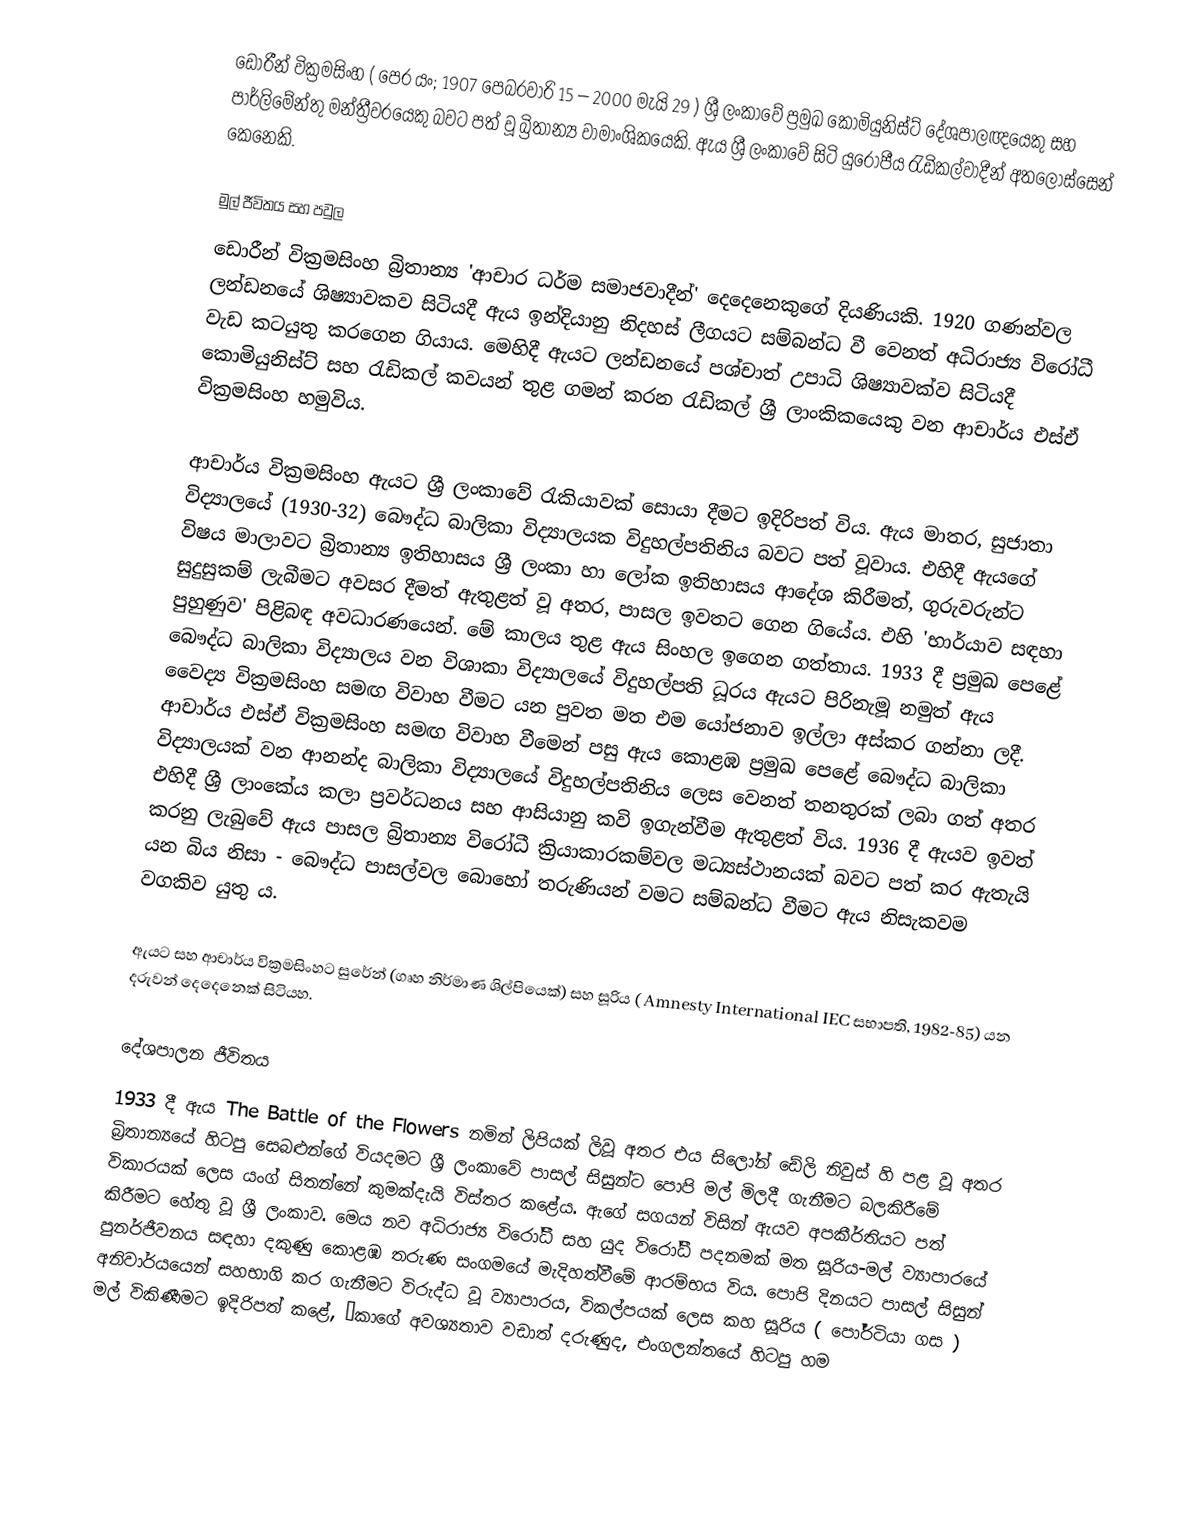
ඩොරීන් වික්‍රමසිංහ ( පෙර යං; 1907 පෙබරවාරි 15  – 2000 මැයි 29  ) ශ්‍රී ලංකාවේ ප්‍රමුඛ කොමියුනිස්ට් දේශපාලඥයෙකු සහ පාර්ලිමේන්තු මන්ත්‍රීවරයෙකු බවට පත් වූ බ්‍රිතාන්‍ය වාමාංශිකයෙකි. ඇය ශ්‍රී ලංකාවේ සිටි යුරෝපීය රැඩිකල්වාදීන් අතලොස්සෙන් කෙනෙකි.

මුල් ජීවිතය සහ පවුල
ඩොරීන් වික්‍රමසිංහ බ්‍රිතාන්‍ය 'ආචාර ධර්ම සමාජවාදීන්' දෙදෙනෙකුගේ දියණියකි. 1920 ගණන්වල ලන්ඩනයේ ශිෂ්‍යාවකව සිටියදී ඇය ඉන්දියානු නිදහස් ලීගයට සම්බන්ධ වී වෙනත් අධිරාජ්‍ය විරෝධී වැඩ කටයුතු කරගෙන ගියාය. මෙහිදී ඇයට ලන්ඩනයේ පශ්චාත් උපාධි ශිෂ්‍යාවක්ව සිටියදී කොමියුනිස්ට් සහ රැඩිකල් කවයන් තුළ ගමන් කරන රැඩිකල් ශ්‍රී ලාංකිකයෙකු වන ආචාර්ය එස්ඒ වික්‍රමසිංහ හමුවිය.

ආචාර්ය වික්‍රමසිංහ ඇයට ශ්‍රී ලංකාවේ රැකියාවක් සොයා දීමට ඉදිරිපත් විය. ඇය මාතර, සුජාතා විද්‍යාලයේ (1930-32) බෞද්ධ බාලිකා විද්‍යාලයක විදුහල්පතිනිය බවට පත් වූවාය. එහිදී ඇයගේ විෂය මාලාවට බ්‍රිතාන්‍ය ඉතිහාසය ශ්‍රී ලංකා හා ලෝක ඉතිහාසය ආදේශ කිරීමත්, ගුරුවරුන්ට සුදුසුකම් ලැබීමට අවසර දීමත් ඇතුළත් වූ අතර, පාසල ඉවතට ගෙන ගියේය. එහි 'භාර්යාව සඳහා පුහුණුව' පිළිබඳ අවධාරණයෙන්. මේ කාලය තුළ ඇය සිංහල ඉගෙන ගත්තාය. 1933 දී ප්‍රමුඛ පෙළේ බෞද්ධ බාලිකා විද්‍යාලය වන විශාකා විද්‍යාලයේ විදුහල්පති ධූරය ඇයට පිරිනැමූ නමුත් ඇය වෛද්‍ය වික්‍රමසිංහ සමඟ විවාහ වීමට යන පුවත මත එම යෝජනාව ඉල්ලා අස්කර ගන්නා ලදී. ආචාර්ය එස්ඒ වික්‍රමසිංහ සමඟ විවාහ වීමෙන් පසු ඇය කොළඹ ප්‍රමුඛ පෙළේ බෞද්ධ බාලිකා විද්‍යාලයක් වන ආනන්ද බාලිකා විද්‍යාලයේ විදුහල්පතිනිය ලෙස වෙනත් තනතුරක් ලබා ගත් අතර එහිදී ශ්‍රී ලාංකේය කලා ප්‍රවර්ධනය සහ ආසියානු කවි ඉගැන්වීම ඇතුළත් විය. 1936 දී ඇයව ඉවත් කරනු ලැබුවේ ඇය පාසල බ්‍රිතාන්‍ය විරෝධී ක්‍රියාකාරකම්වල මධ්‍යස්ථානයක් බවට පත් කර ඇතැයි යන බිය නිසා - බෞද්ධ පාසල්වල බොහෝ තරුණියන් වමට සම්බන්ධ වීමට ඇය නිසැකවම වගකිව යුතු ය.

ඇයට සහ ආචාර්ය වික්‍රමසිංහට සුරේන් (ගෘහ නිර්මාණ ශිල්පියෙක්) සහ සූරිය ( Amnesty International IEC සභාපති, 1982-85) යන දරුවන් දෙදෙනෙක් සිටියහ.

දේශපාලන ජීවිතය
1933 දී ඇය The Battle of the Flowers නමින් ලිපියක් ලිවූ අතර එය සිලෝන් ඩේලි නිවුස් හි පළ වූ අතර බ්‍රිතාන්‍යයේ හිටපු සෙබළුන්ගේ වියදමට ශ්‍රී ලංකාවේ පාසල් සිසුන්ට පොපි මල් මිලදී ගැනීමට බලකිරීමේ විකාරයක් ලෙස යංග් සිතන්නේ කුමක්දැයි විස්තර කළේය. ඇගේ සගයන් විසින් ඇයව අපකීර්තියට පත් කිරීමට හේතු වූ ශ්‍රී ලංකාව. මෙය නව අධිරාජ්‍ය විරෝධී සහ යුද විරෝධී පදනමක් මත සූරිය-මල් ව්‍යාපාරයේ පුනර්ජීවනය සඳහා දකුණු කොළඹ තරුණ සංගමයේ මැදිහත්වීමේ ආරම්භය විය. පොපි දිනයට පාසල් සිසුන් අනිවාර්යයෙන් සහභාගි කර ගැනීමට විරුද්ධ වූ ව්‍යාපාරය, විකල්පයක් ලෙස කහ සූරිය ( පෝර්ටියා ගස ) මල් විකිණීමට ඉදිරිපත් කළේ, ‘කාගේ අවශ්‍යතාව වඩාත් දරුණුද, එංගලන්තයේ හිටපු හම